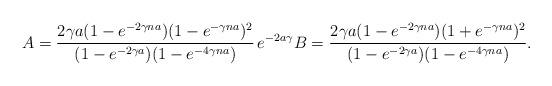
LaTeX: \begin{align*}A = \frac{2 \gamma a (1-e^{-2\gamma n a})(1-e^{-\gamma n a})^2}{(1-e^{-2 \gamma a})(1-e^{-4\gamma n a})} \, e^{-2 a \gamma} B = \frac{2 \gamma a (1-e^{-2\gamma n a})(1+e^{-\gamma n a})^2}{(1-e^{-2 \gamma a})(1-e^{-4\gamma n a})}.\end{align*}